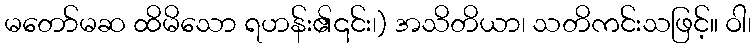
မတော်မဆ ထိမိသော ရဟန်း၏၎င်း၊) အသိတိယာ၊ သတိကင်းသဖြင့်။ ဝါ၊